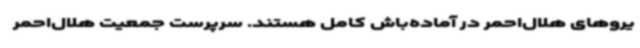
یروهای هلال‌احمر در آماده‌باش کامل هستند. سرپرست جمعیت هلال‌احمر